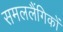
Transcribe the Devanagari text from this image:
समललैंगिकों